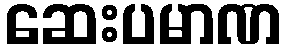
ဆေးပမာဏ